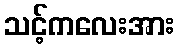
သင့်ကလေးအား